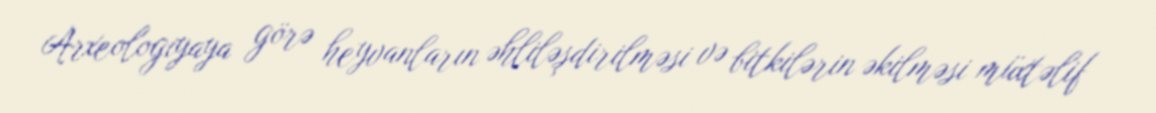
Arxeologiyaya görə heyvanların əhliləşdirilməsi və bitkilərin əkilməsi müxtəlif